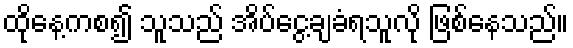
ထိုနေ့ကစ၍ သူသည် အိပ်ငွေ့ချခံရသူလို ဖြစ်နေသည်။